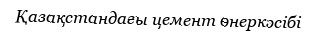
Қазақстандағы цемент өнеркәсібі